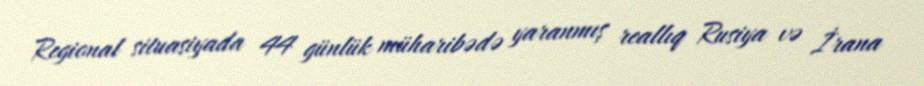
Regional situasiyada 44 günlük müharibədə yaranmış reallıq Rusiya və İrana